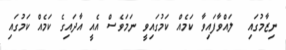
ނިޒާމުގައި  ލައްވާފައިވާ ކަމެއް ކަމުގައިވީ ނަމަވެސް އެއީ އާދައިގެ ކަމެއް ކަމުގައި